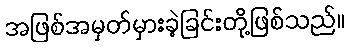
အဖြစ်အမှတ်မှားခဲ့ခြင်းတို့ဖြစ်သည်။